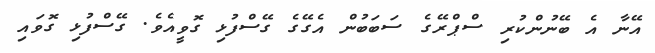
އޭނާ އެ ބޭނުންކުރި ސްޕްރޭގެ ސަބަބުން އެގޭގެ ގޭސްފުޅި ގޮވީއެވެ. ގޭސްފުޅި ގޮވައި